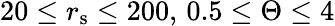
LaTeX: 20\leq{r}_{\mathrm{s}}\leq 200,\, 0.5\leq\Theta\leq{4}